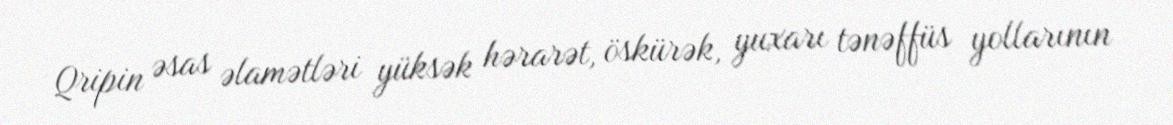
Qripin əsas əlamətləri yüksək hərarət, öskürək, yuxarı tənəffüs yollarının